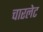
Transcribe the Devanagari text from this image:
चारलेट